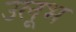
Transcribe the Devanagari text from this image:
उलूभ